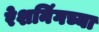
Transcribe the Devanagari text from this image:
रेशनिंगच्या